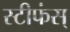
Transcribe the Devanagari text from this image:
स्टीफंस्